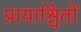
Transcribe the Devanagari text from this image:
प्रायाश्चितों